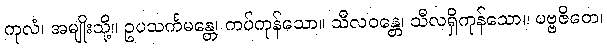
ကုလံ၊ အမျိုးသို့။ ဥပသင်္ကမန္တေ၊ ကပ်ကုန်သော။ သီလဝန္တေ၊ သီလရှိကုန်သော။ ပဗ္ဗဇိတေ၊